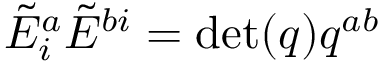
{ \tilde { E } } _ { i } ^ { a } { \tilde { E } } ^ { b i } = \operatorname* { d e t } ( q ) q ^ { a b }